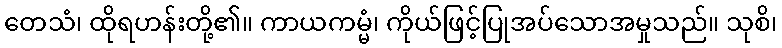
တေသံ၊ ထိုရဟန်းတို့၏။ ကာယကမ္မံ၊ ကိုယ်ဖြင့်ပြုအပ်သောအမှုသည်။ သုစိ၊